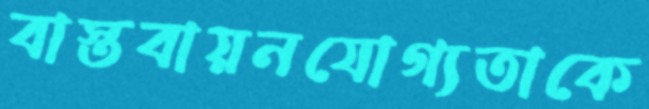
বাস্তবায়নযোগ্যতাকে